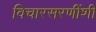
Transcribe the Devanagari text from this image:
विचारसरणींशी